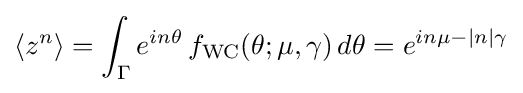
\langle z^{n}\rangle =\int _{\Gamma }e^{in\theta }\,f_{\text{WC}}(\theta ;\mu ,\gamma )\,d\theta =e^{in\mu -|n|\gamma }